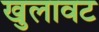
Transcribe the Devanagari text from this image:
खुलावट